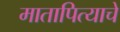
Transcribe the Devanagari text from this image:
मातापित्याचे